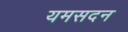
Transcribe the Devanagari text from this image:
यमसदन